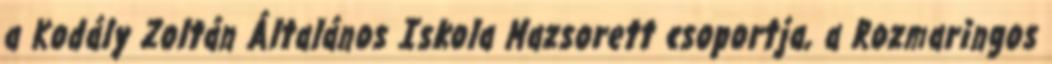
a Kodály Zoltán Általános Iskola Mazsorett csoportja, a Rozmaringos